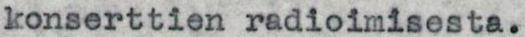
konserttien radioimisesta.